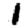
Digit: 1